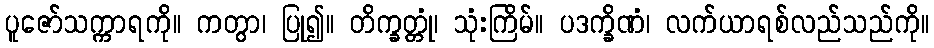
ပူဇော်သက္ကာရကို။ ကတွာ၊ ပြု၍။ တိက္ခတ္တုံ၊ သုံးကြိမ်။ ပဒက္ခိဏံ၊ လက်ယာရစ်လည်သည်ကို။